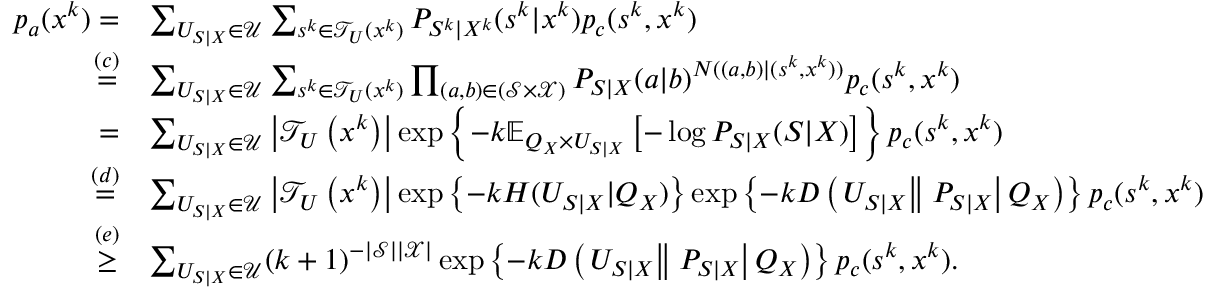
\begin{array} { r l } { p _ { a } ( x ^ { k } ) = } & { \sum _ { U _ { S | X } \in \mathcal { U } } \sum _ { s ^ { k } \in \mathcal { T } _ { U } ( x ^ { k } ) } P _ { S ^ { k } | X ^ { k } } ( s ^ { k } | x ^ { k } ) p _ { c } ( s ^ { k } , x ^ { k } ) } \\ { \overset { ( c ) } { = } } & { \sum _ { U _ { S | X } \in \mathcal { U } } \sum _ { s ^ { k } \in \mathcal { T } _ { U } ( x ^ { k } ) } \prod _ { ( a , b ) \in ( \mathcal { S } \times \mathcal { X } ) } P _ { S | X } ( a | b ) ^ { N ( ( a , b ) | ( s ^ { k } , x ^ { k } ) ) } p _ { c } ( s ^ { k } , x ^ { k } ) } \\ { = } & { \sum _ { U _ { S | X } \in \mathcal { U } } \left\vert \mathcal { T } _ { U } \left( x ^ { k } \right) \right\vert \exp \left\{ - k \mathbb { E } _ { Q _ { X } \times U _ { S | X } } \left[ - \log P _ { S | X } ( S | X ) \right] \right\} p _ { c } ( s ^ { k } , x ^ { k } ) } \\ { \overset { ( d ) } { = } } & { \sum _ { U _ { S | X } \in \mathcal { U } } \left\vert \mathcal { T } _ { U } \left( x ^ { k } \right) \right\vert \exp \left\{ - k H ( U _ { S | X } \vert Q _ { X } ) \right\} \exp \left\{ - k D \left( \left. U _ { S | X } \right\Vert \left. P _ { S | X } \right\vert Q _ { X } \right) \right\} p _ { c } ( s ^ { k } , x ^ { k } ) } \\ { \overset { ( e ) } { \geq } } & { \sum _ { U _ { S | X } \in \mathcal { U } } ( k + 1 ) ^ { - | \mathcal { S } | | \mathcal { X } | } \exp \left\{ - k D \left( \left. U _ { S | X } \right\Vert \left. P _ { S | X } \right\vert Q _ { X } \right) \right\} p _ { c } ( s ^ { k } , x ^ { k } ) . } \end{array}